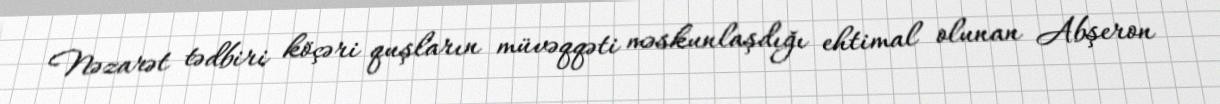
Nəzarət tədbiri köçəri quşların müvəqqəti məskunlaşdığı ehtimal olunan Abşeron